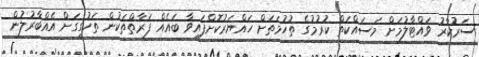
ސަރުކާރު ވައްޓާލުމަށް މަސައްކަތް ކުރުމުގެ ތުހުމަތަށް ހައްޔަރުކޮށްފައިވާ ބައެއް ފަރާތްތަކުން ތަހުގީގަށް އެއްބާރުލުން